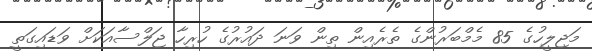
މަޖިލީހުގެ 85 މެމްބަރުންގެ ތެރެއިން ތިން ވަނަ ދައުރުގެ ހުރިހާ ޖަލްސާއަކަށް ވަޑައިގަތީ